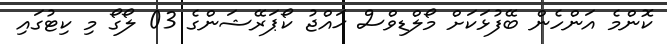
ކޮންމެ އަންހެން ބޭފުޅަކަށް މޯލްޑިވްސް ޙައްޖު ކޯޕަރޭޝަންގެ 03 ލޯގޯ މި ކިޓުގައި